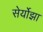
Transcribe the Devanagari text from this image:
सेर्योझा